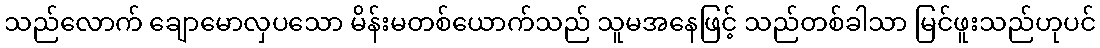
သည်လောက် ချောမောလှပသော မိန်းမတစ်ယောက်သည် သူမအနေဖြင့် သည်တစ်ခါသာ မြင်ဖူးသည်ဟုပင်